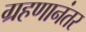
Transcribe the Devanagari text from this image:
ग्रहणानंतर